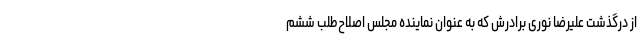
از درگذشت علیرضا نوری برادرش که به عنوان نماینده مجلس اصلاح‌طلب ششم